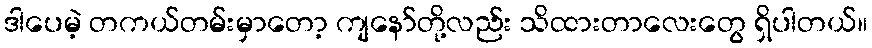
ဒါပေမဲ့ တကယ်တမ်းမှာတော့ ကျနော်တို့လည်း သိထားတာလေးတွေ ရှိပါတယ်။